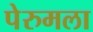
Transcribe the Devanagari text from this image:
पेरुमला